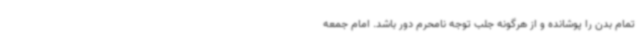
تمام بدن را پوشانده و از هرگونه جلب توجه نامحرم دور باشد. امام جمعه